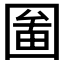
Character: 𡈄